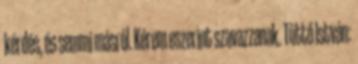
kérdés, és semmi másról. Kérem eszerint szavazzanak. Tüttő István: